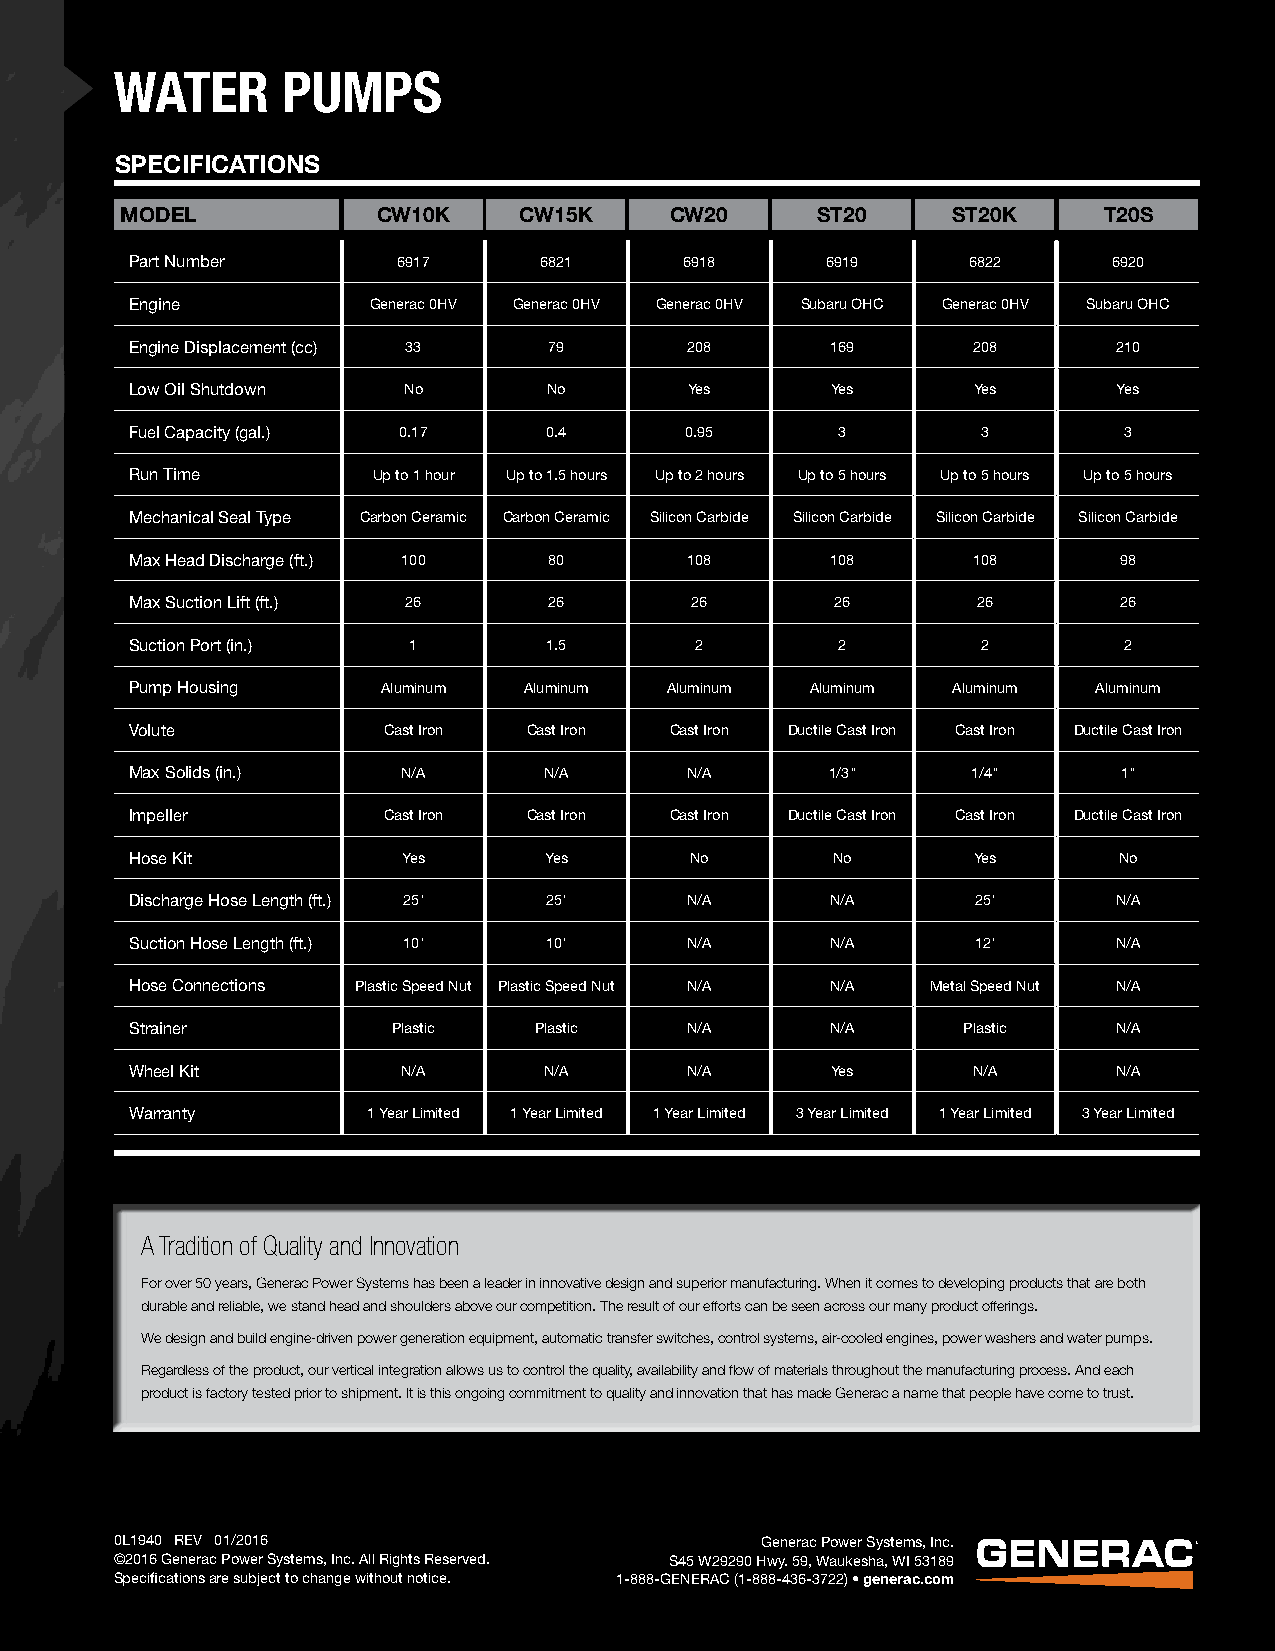
WATER      PUMPS
 CW15K
 SPECIFICATIONS
 MODEL            CW10K    CW15K     CW20      ST20     ST20K     T20S
 Part Number      6917      6821     6918      6919     6822      6920
 Engine         Generac 0HV Generac 0HV Generac 0HV Subaru OHC Generac 0HV Subaru OHC
 Engine Displacement (cc) 33 79      208       169      208       210
 Low Oil Shutdown  No       No        Yes      Yes      Yes       Yes
 Fuel Capacity (gal.) 0.17  0.4      0.95      3         3        3
 Run Time        Up to 1 hour Up to 1.5 hours Up to 2 hours Up to 5 hours Up to 5 hours Up to 5 hours
 Mechanical Seal Type Carbon Ceramic Carbon Ceramic Silicon Carbide Silicon Carbide Silicon Carbide Silicon Carbide
 Max Head Discharge (ft.) 100 80     108       108      108       98
 Max Suction Lift (ft.) 26  26        26       26        26       26
 Suction Port (in.) 1       1.5       2        2         2        2
 Pump Housing    Aluminum  Aluminum Aluminum  Aluminum Aluminum  Aluminum
 Volute          Cast Iron Cast Iron Cast Iron Ductile Cast Iron Cast Iron Ductile Cast Iron
 Max Solids (in.)  N/A      N/A      N/A       1/3"     1/4"      1"
 Impeller        Cast Iron Cast Iron Cast Iron Ductile Cast Iron Cast Iron Ductile Cast Iron
 Hose Kit          Yes      Yes       No       No       Yes       No
 Discharge Hose Length (ft.) 25' 25' N/A       N/A       25'      N/A
 Suction Hose Length (ft.) 10' 10'   N/A       N/A       12'      N/A
 Hose Connections Plastic Speed Nut Plastic Speed Nut N/A N/A Metal Speed Nut N/A
 Strainer         Plastic  Plastic   N/A       N/A      Plastic   N/A
 Wheel Kit         N/A      N/A      N/A       Yes      N/A       N/A
 Warranty       1 Year Limited 1 Year Limited 1 Year Limited 3 Year Limited 1 Year Limited 3 Year Limited
 A Tradition of Quality and Innovation
 For over 50 years, Generac Power Systems has been a leader in innovative design and superior manufacturing. When it comes to developing products that are both
 durable and reliable, we stand head and shoulders above our competition. The result of our efforts can be seen across our many product offerings.
 We design and build engine-driven power generation equipment, automatic transfer switches, control systems, air-cooled engines, power washers and water pumps.
 Regardless of the product, our vertical integration allows us to control the quality, availability and flow of materials throughout the manufacturing process. And each
 product is factory tested prior to shipment. It is this ongoing commitment to quality and innovation that has made Generac a name that people have come to trust.
 0L1940 REV 01/2016                        Generac Power Systems, Inc.
 ©2016 Generac Power Systems, Inc. All Rights Reserved. S45 W29290 Hwy. 59, Waukesha, WI 53189
 Specifications are subject to change without notice. 1-888-GENERAC (1-888-436-3722) • generac.com